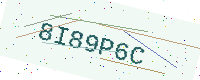
Text: 8I89P6C